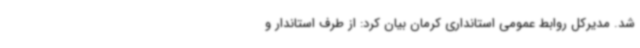
شد. مدیرکل روابط عمومی استانداری کرمان بیان کرد: از طرف استاندار و